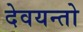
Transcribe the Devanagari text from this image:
देवयन्तो